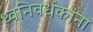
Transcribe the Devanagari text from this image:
ध्वनिवर्धकांना